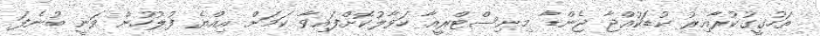
ތަހުގީގުކުރާއިރު ކުޑަކުއްޖާ ޖެންޑާ މިނިސްޓްރީއާ ހަވާލުކޮށްފައިވާ ކަމަށް އިއްޔެ ފުލުހުން ވަނީ ބުނެފަ